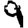
Digit: 9